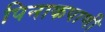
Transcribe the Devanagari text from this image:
पिनाकपाणी